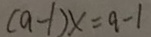
( a - 1 ) x = a - 1